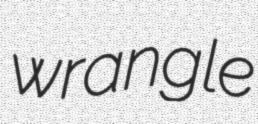
wrangle